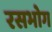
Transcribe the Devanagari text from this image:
रसभोग